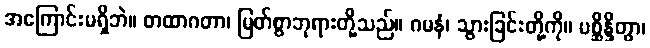
အကြောင်းမရှိဘဲ။ တထာဂတာ၊ မြတ်စွာဘုရားတို့သည်။ ဂမနံ၊ သွားခြင်းတို့ကို။ ပစ္ဆိန္ဒိတွာ၊